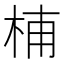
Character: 𣑛